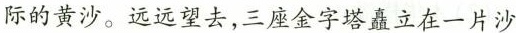
际的黄沙。远远望去，三座金字塔矗立在一片沙